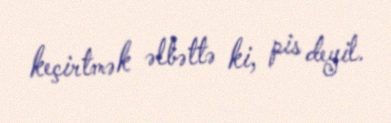
keçirtmək əlbəttə ki, pis deyil.